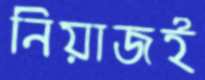
নিয়াজই